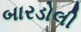
બારડોલી